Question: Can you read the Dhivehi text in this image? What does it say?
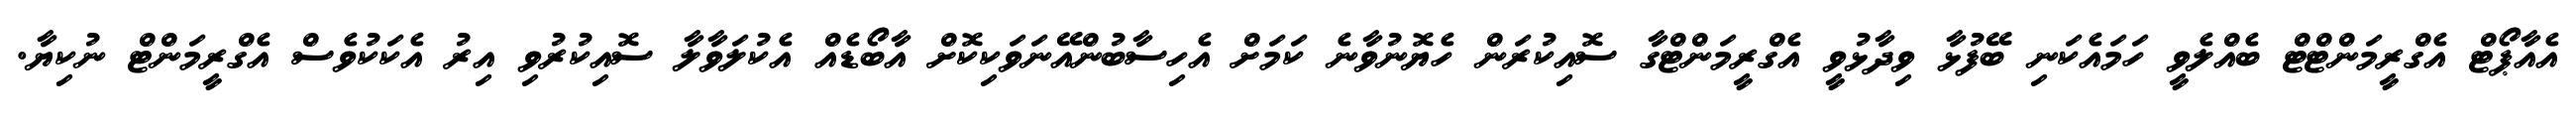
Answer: އެއާޕޯޓް އެގްރީމަންޓްޓް ބެއްލެވީ ހަމައެކަނި ބޭފުޅާ ވިދާޅުވީ އެގްރީމަންޓްގާ ސޮއިކުރަން ހެޔޮނުވާނެ ކަމަށް އެހިސާބުންއޭނަވަކިކޮށް އާބޯޑެއް އެކުލަވާލާ ސޮއިކުރުވި އިރު އެކަކުވެސް އެގްރީމަންޓް ނުކިޔާ.